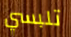
تلبسي